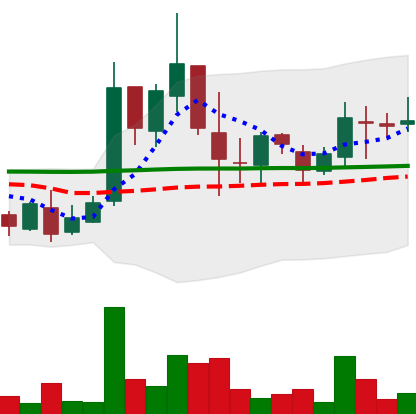
Ticker: LTC-USD
Chart end date: 2017-03-27
Forward return: 68.909%
Label: up_7plus